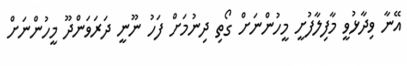
އޭނާ ވިދާޅުވީ މާފިލާފުށީ މީހުންނަށް ގޯތި ދިނުމަށް ފަހު ނޫނީ ދަރަވަންދޫ މީހުންނަށް